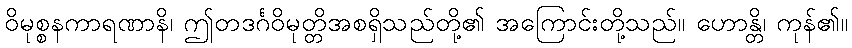
ဝိမုစ္စနကာရဏာနိ၊ ဤတဒင်္ဂဝိမုတ္တိအစရှိသည်တို့၏ အကြောင်းတို့သည်။ ဟောန္တိ၊ ကုန်၏။